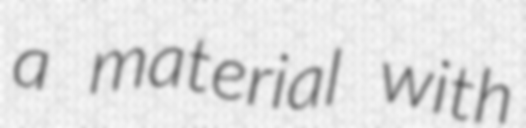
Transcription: a material with